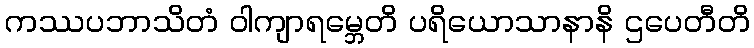
ကဿပဘာသိတံ ဝါကျာရမ္ဘေတိ ပရိယောသာနာနိ ဌပေတီတိ